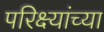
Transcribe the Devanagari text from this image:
परिक्ष्यांच्या